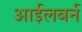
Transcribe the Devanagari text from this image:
आईलबर्न